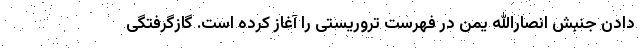
دادن جنبش انصارالله یمن در فهرست تروریستی را آغاز کرده است. گازگرفتگی